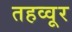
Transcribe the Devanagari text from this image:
तहव्वूर